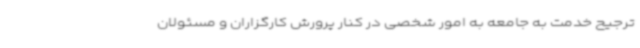
ترجیح خدمت به جامعه به امور شخصی در کنار پرورش کارگزاران و مسئولان